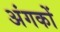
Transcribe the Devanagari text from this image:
अंगकों